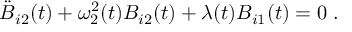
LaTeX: \ddot { B } _ { i 2 } ( t ) + \omega _ { 2 } ^ { 2 } ( t ) B _ { i 2 } ( t ) + \lambda ( t ) B _ { i 1 } ( t ) = 0 \; .